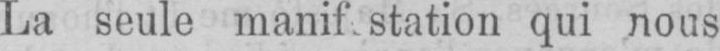
qui nous